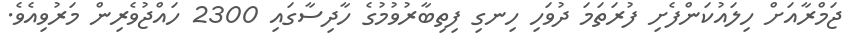
ޖަމްރާއަށް ހިލައުކަންފެށި ފުރަތަމަ ދުވަހި ހިނގި ފިތިބާރުވުމުގެ ހާދިސާގައި 2300 ހައްޖުވެރިން މަރުވިއެވެ.